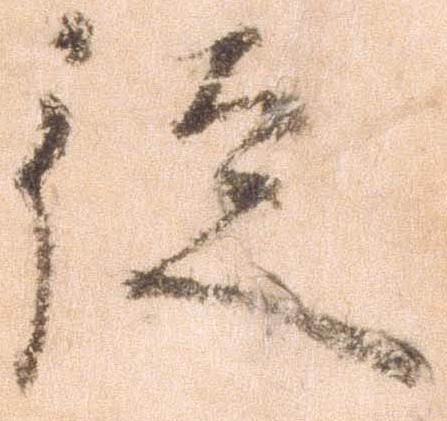
徒